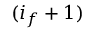
( i _ { f } + 1 )